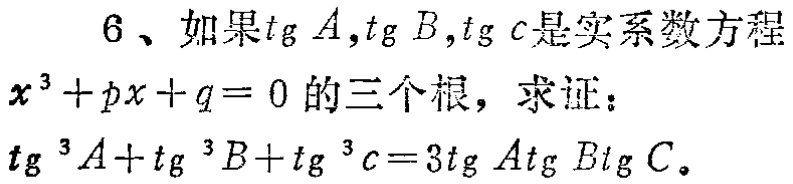
6、如果$\tan A,\tan B,\tan C$是实系数方程

$x^{3}+px + q = 0$的三个根，求证：

$\tan^{3}A+\tan^{3}B+\tan^{3}C = 3\tan A\tan B\tan C$。